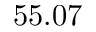
5 5 . 0 7